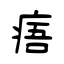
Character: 痦